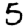
Digit: 5